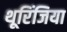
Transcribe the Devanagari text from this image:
थूरिंजिया